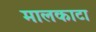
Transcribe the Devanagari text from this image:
मालकाटा